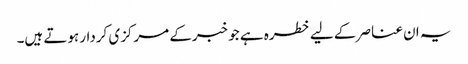
یہ ان عناصر کے لیے خطرہ ہے جو خبرکے مرکزی کردار ہوتے ہیں۔